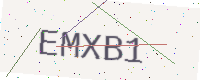
Text: EMXB1